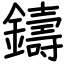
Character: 鑄